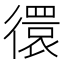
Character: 𢕼